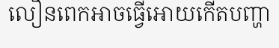
លឿនពេកអាចធ្វើអោយកើតបញ្ហា